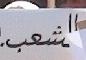
الشمب